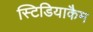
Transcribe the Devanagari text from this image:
स्टिडियाकैम